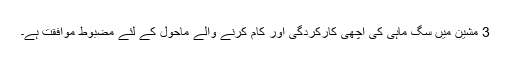
3 مشین میں سگ ماہی کی اچھی کارکردگی اور کام کرنے والے ماحول کے لئے مضبوط موافقت ہے۔